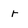
Character: r